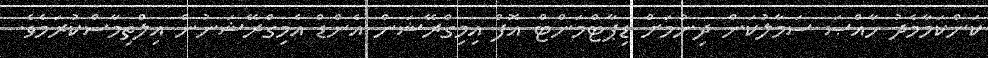
ކަންކަމާމެދު ޚާއްޞަ ސަމާލުކަން ދިނުމަށް ޑިޕާޓްމަންޓް އޮފް އިމިގްރޭޝަން އެންޑް އެމިގްރޭޝަނުން އިލްތިމާސްކުރަމެވެ.